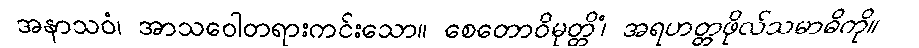
အနာသဝံ၊ အာသဝေါတရားကင်းသော။ စေတောဝိမုတ္တိံ၊ အရဟတ္တဖိုလ်သမာဓိကို။